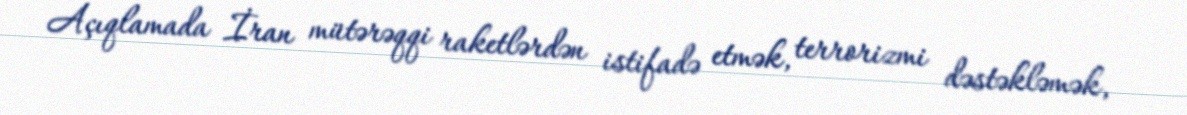
Açıqlamada İran mütərəqqi raketlərdən istifadə etmək, terrorizmi dəstəkləmək,